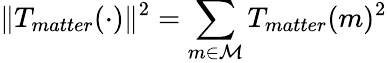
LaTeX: \| T_{matter}(\cdot)\| ^{2}=\sum_{m\in\mathcal{M}}T_{matter}(m)^{2}